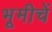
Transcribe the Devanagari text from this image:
भूमीचें